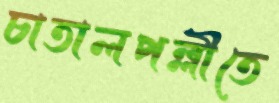
চাতালপল্লীতে